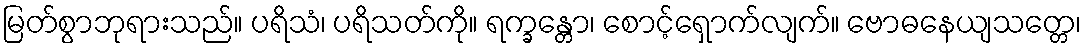
မြတ်စွာဘုရားသည်။ ပရိသံ၊ ပရိသတ်ကို။ ရက္ခန္တော၊ စောင့်ရှောက်လျက်။ ဗောဓနေယျသတ္တေ၊